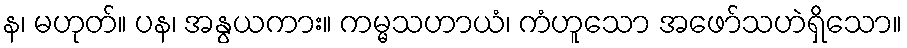
န၊ မဟုတ်။ ပန၊ အနွယကား။ ကမ္မသဟာယံ၊ ကံဟူသော အဖော်သဟဲရှိသော။